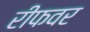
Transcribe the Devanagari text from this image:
रीफवर